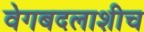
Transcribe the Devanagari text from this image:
वेगबदलाशीच